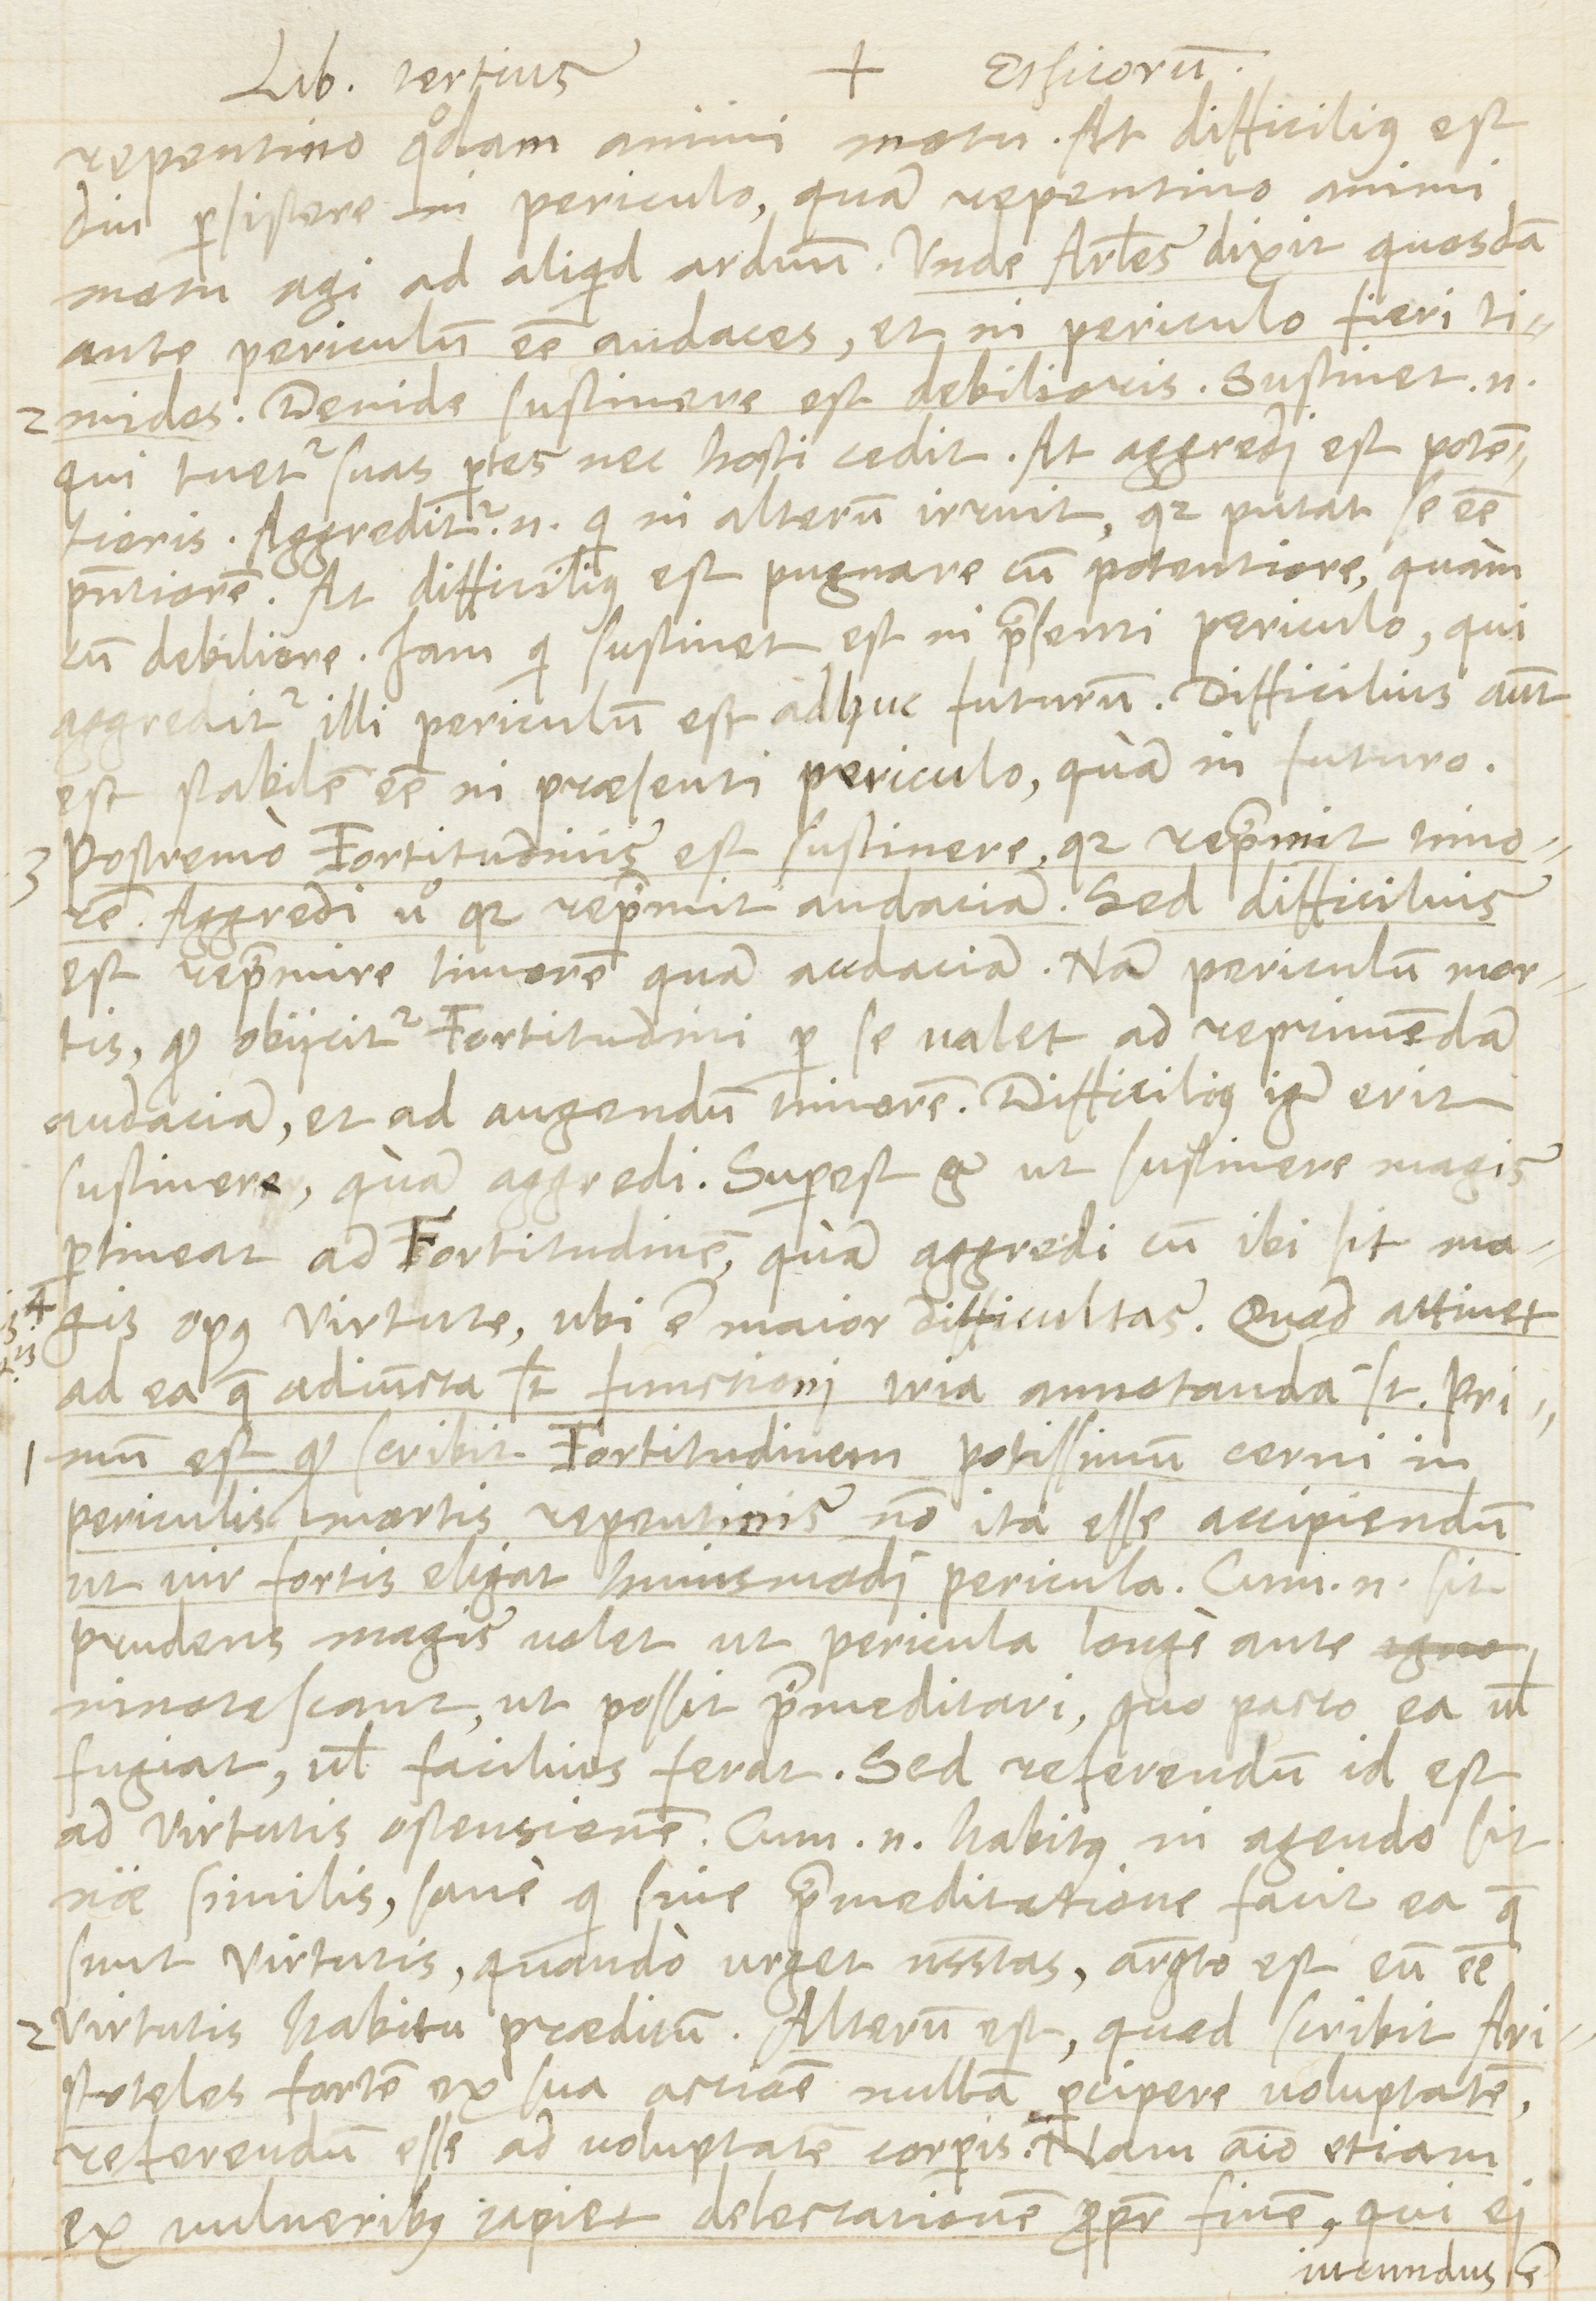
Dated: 1566–1566